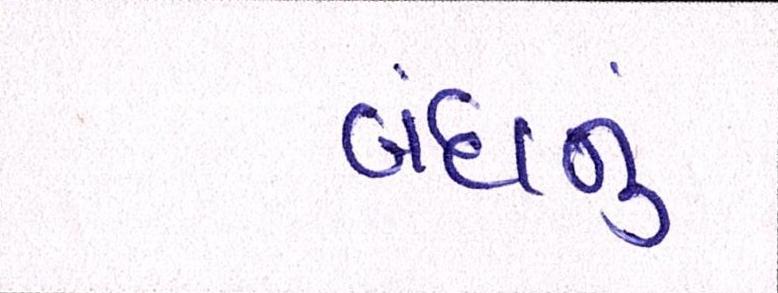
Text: બંધનું